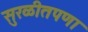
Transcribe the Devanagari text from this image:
सुरळीतपणा